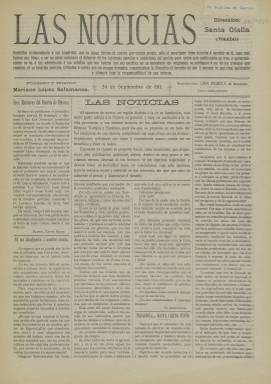
Título: Las Noticias (Santa Olalla)
Colección: Periódicos
Ámbito geográfico: Toledo
Lugar de publicación: Santa Olalla, Toledo
Fechas: 24/09/1911-24/09/1911